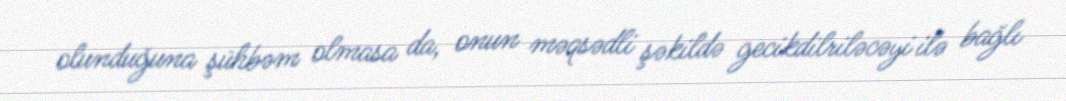
olunduğuna şühbəm olmasa da, onun məqsədli şəkildə gecikdilriləcəyi ilə bağlı